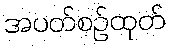
အပတ်စဉ်ထုတ်